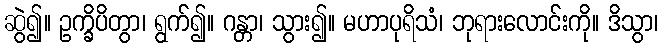
ဆွဲ၍။ ဥက္ခိပိတွာ၊ ရွက်၍။ ဂန္တာ၊ သွား၍။ မဟာပုရိသံ၊ ဘုရားလောင်းကို။ ဒိသွာ၊